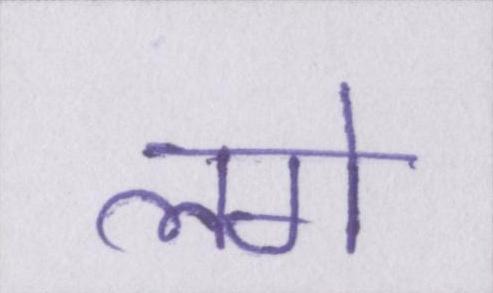
लगे